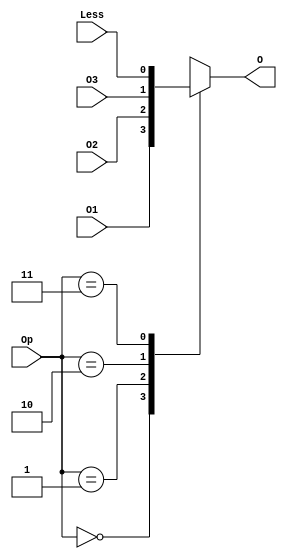
`timescale 1ns / 1ps
module MUX(O1,O2,O3,Less,Op,O);
	input O1,O2,O3,Less;
	input [1:0] Op;
	output O;
	
	reg tmp;
	
	
	always @(*)
   begin
		case(Op)
			2'b00:
				tmp = O1;
			2'b01:
				tmp = O2;
			2'b10:
				tmp = O3;
			2'b11:
				tmp = Less;
		endcase
	end
	
	assign O = tmp;

endmodule